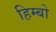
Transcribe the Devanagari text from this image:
हिम्बो